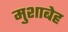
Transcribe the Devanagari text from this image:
मुशाबेह